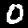
Digit: 0